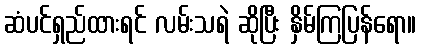
ဆံပင်ရှည်ထားရင် လမ်းသရဲ ဆိုပြီး နှိမ်ကြပြန်ရော။